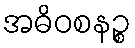
အဓိဝစနဉ္စ